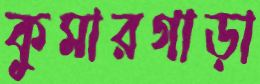
কুমারগাড়া